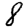
Digit: 8